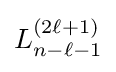
L_{n-\ell -1}^{(2\ell +1)}